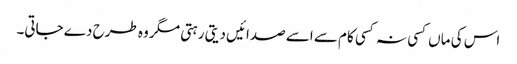
اس کی ماں کسی نہ کسی کام سے اسے صدائیں دیتی رہتی مگر وہ طرح دے جاتی۔